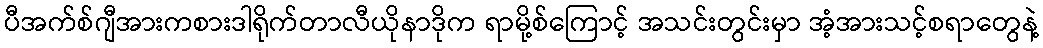
ပီအက်စ်ဂျီအားကစားဒါရိုက်တာလီယိုနာဒိုက ရာမို့စ်ကြောင့် အသင်းတွင်းမှာ အံ့အားသင့်စရာတွေနဲ့